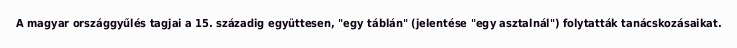
A magyar országgyűlés tagjai a 15. századig együttesen, "egy táblán" (jelentése "egy asztalnál") folytatták tanácskozásaikat.